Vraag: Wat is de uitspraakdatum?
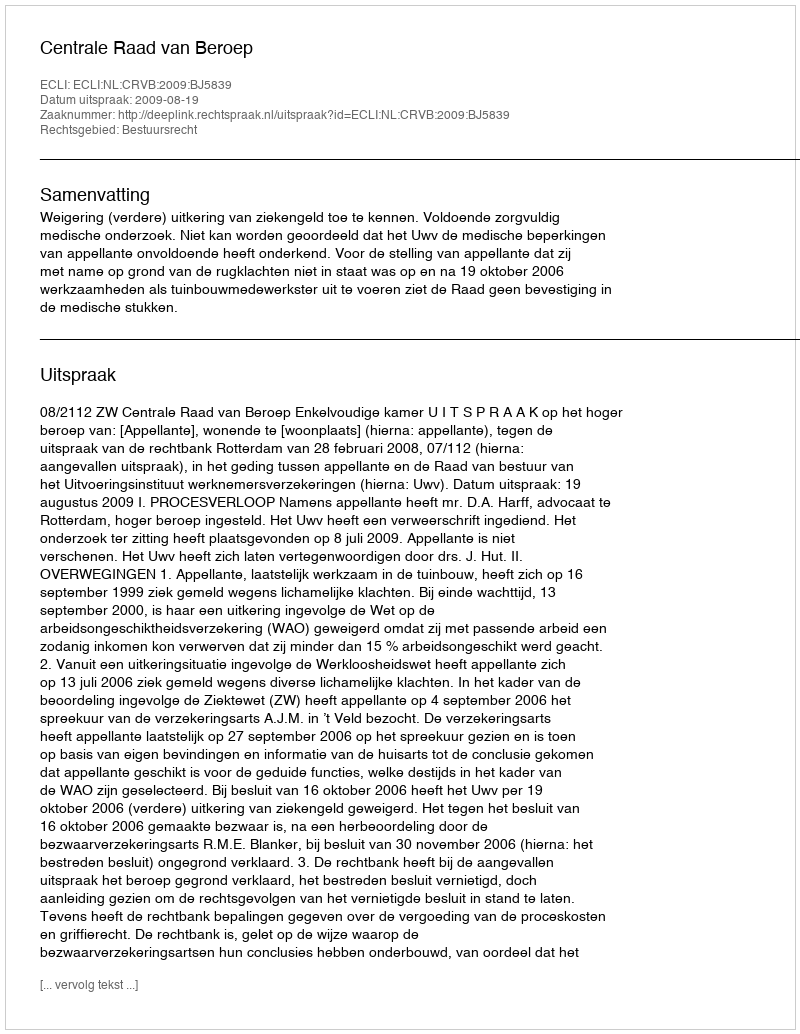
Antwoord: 2009-08-19